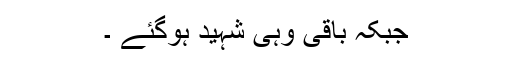
جبکہ باقی وہی شہید ہوگئے ۔